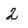
Character: 2